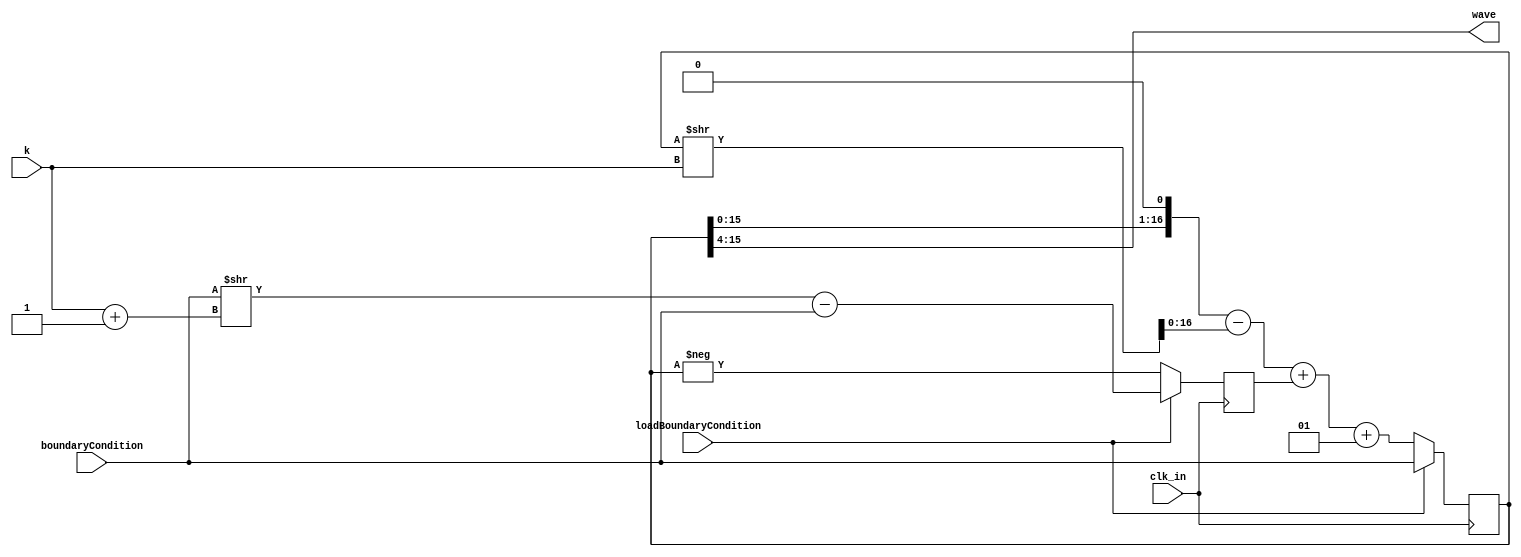
module Module_Oscillator(input				clk_in,
												 input [3:0]	k, // Frequency of the wf
												 input				loadBoundaryCondition,
												 input [16:0] boundaryCondition,

												 output	[11:0] wave);

reg signed [16:0]	y;
reg signed [16:0]	yOld;

buf(wave, y >> 4);

always @(posedge clk_in) begin
	if (loadBoundaryCondition) begin
		y <= boundaryCondition; // Maximum of the WF
		yOld <= (boundaryCondition >> (k+1)) - boundaryCondition;
	end else begin
		yOld <= -y;

		y <= (y << 1) - (y >> k) + yOld + 1;
	end
end

/*
 * I can't make it work despite looking good.
 * There probably still is a problem with a reminder
 * that I can't point out.
 */
/*
reg [16:0]	y;
reg [16:0]	yOld;

buf(wave, y >> 4);

always @(posedge clk_in) begin
	if (loadBoundaryCondition) begin
		y <= boundaryCondition;
		// To save cycles yOld = -y[n-1] is stored.
		yOld <= (boundaryCondition >> (k+1)) + ~boundaryCondition;
	end else begin
		yOld <= ~y;
		y <= (y << 1) + yOld + (
							// As we are dealing with both positive and negative numbers we need to be
							// sure to bitshift correctly. In this case the bitshift is performed when
							// the number is positive. This is to avoid adding trailing zeros to a two's
							// complement number.
							(y[16]) ? ((~y + 1) >> k) : (~(y >> k) + 1)	);
	end
end
*/

endmodule
module Module_Quadrature_Oscillator( input				clk_in,
																		 input [11:0]	sin,
																		 input [3:0]	k,
																		 input				loadBoundaryCondition,
																		 input [16:0] boundaryCondition,

																		 output	[11:0] wave);

reg signed [16:0]	y;
reg signed [16:0]	yOld;
buf(wave, y >> 4);


reg sign_sin_old;
reg wait_for_sync;

always @(posedge clk_in) begin
	if (loadBoundaryCondition) begin
		wait_for_sync <= 1;
		sign_sin_old <= sin[11];
	end

	if(wait_for_sync) begin
		if( (sign_sin_old == 0) && (sin[11] == 1) ) begin
			wait_for_sync <= 0;
			y <= boundaryCondition;
			yOld <= (boundaryCondition >> (k+1)) - boundaryCondition;
		end else begin
			sign_sin_old <= sin[11];
		end
	end else begin
		yOld <= -y;
		y <= (y << 1) - (y >> k) + yOld + 1;
	end

end

endmodule